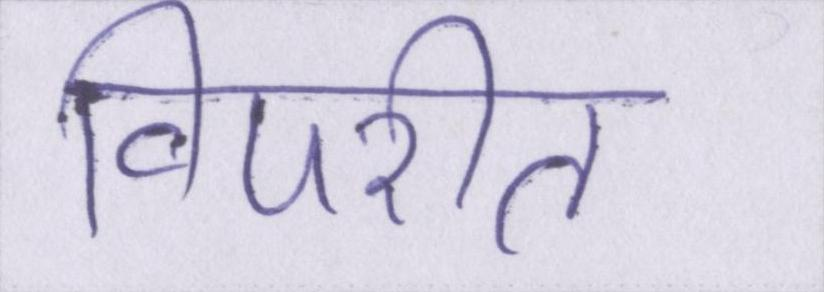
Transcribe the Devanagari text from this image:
विपरीत